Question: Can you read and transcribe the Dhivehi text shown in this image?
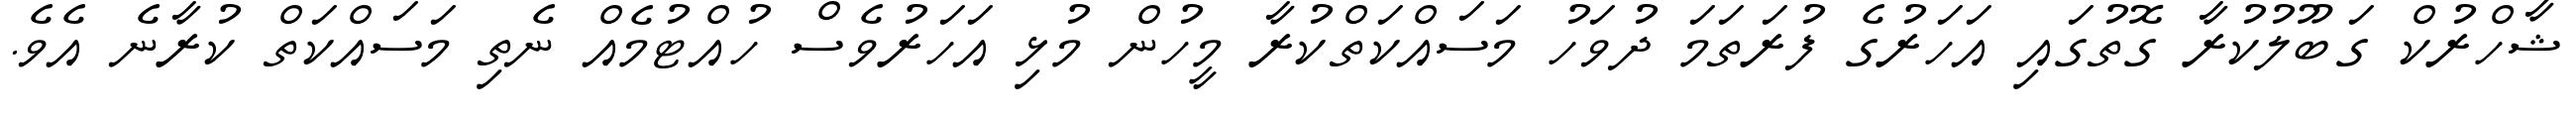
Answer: ޝާހްރުކް ގަބޫލުކުރާ ގޮތުގައި އަހަރުގެ ފުރަތަމަ ދުވަހު މަސައްކަތްކުރާ މީހުން މުޅި އަހަރުވެސް ހުއްޓުމެއް ނެތި މަސައްކަތް ކުރާނެ އެވެ.